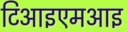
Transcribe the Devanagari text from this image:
टिआइएमआइ